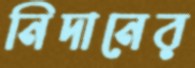
নিদানের